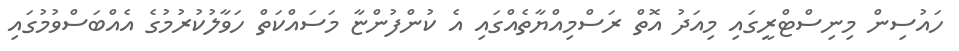
ހައުސިން މިނިސްޓްރީގައި މިއަދު އޮތް ރަސްމިއްޔާތެއްގައި އެ ކުންފުންޏާ މަސައްކަތް ހަވާލުކުރުމުގެ އެއްބަސްވުމުގައި